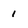
Character: 1